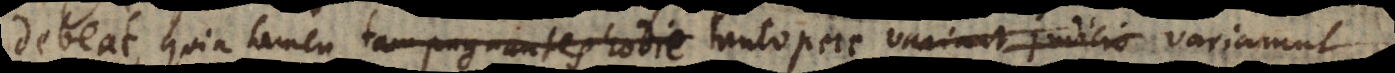
eat, quia tamen tam pugnantes hodie tantopere variant judicia variarunt